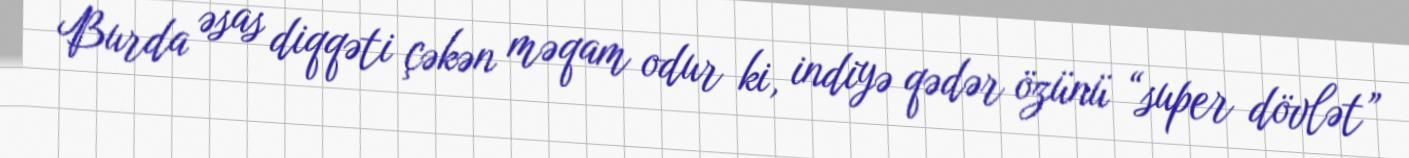
Burda əsas diqqəti çəkən məqam odur ki, indiyə qədər özünü “super dövlət”